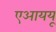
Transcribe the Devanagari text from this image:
एआययू